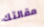
مقالتك